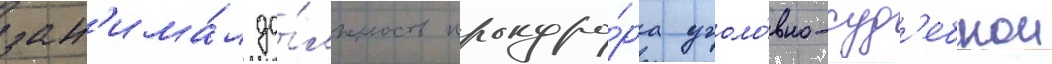
зан'има́л до́лжность прокуро́ра уголо́вно-суд'ебнои